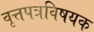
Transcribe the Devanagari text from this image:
वृत्तपत्रविषयक